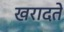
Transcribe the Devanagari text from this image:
खरादते